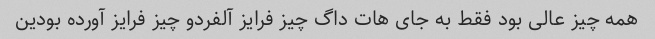
همه چیز عالی بود فقط به جای هات داگ چیز فرایز آلفردو چیز فرایز آورده بودین